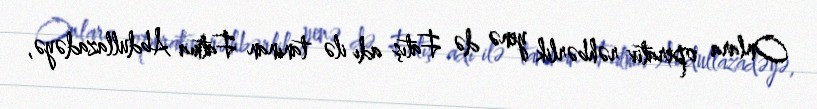
Onlara operativ rəhbərlik yenə də Fatış adı ilə tanınan Fatma Abdullazadəyə,